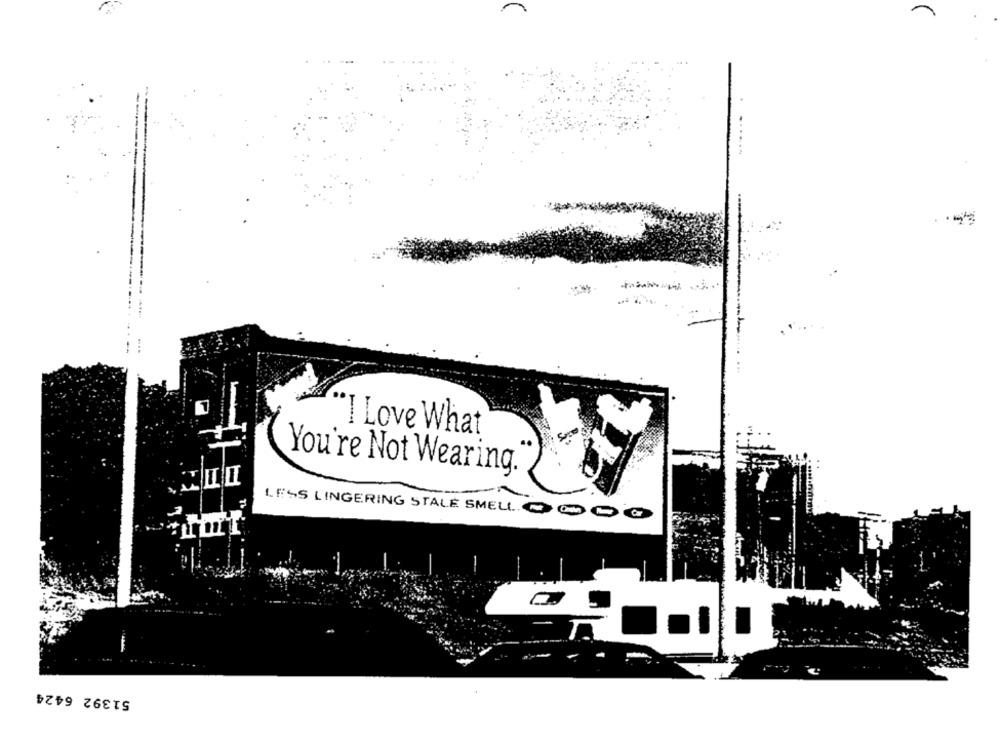
"I Love What
You're Not Wearing.
LESS LINGERING STALE SMELL ..
51392 6424